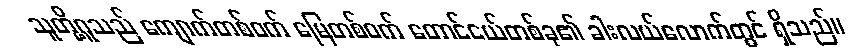
သူတို့ဂူသည် ကျောက်တစ်ဝက် မြေတစ်ဝက် တောင်ငယ်တစ်ခု၏ ခါးလယ်လောက်တွင် ရှိသည်။